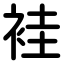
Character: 袿